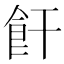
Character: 飦